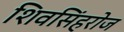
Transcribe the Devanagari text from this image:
शिवसिंहरोज